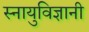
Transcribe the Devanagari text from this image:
स्नायुविज्ञानी